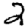
Digit: 2